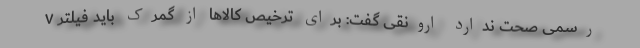
رسمی صحت ندارد ارونقی گفت: برای ترخیص کالاها از گمرک باید فیلتر ۷